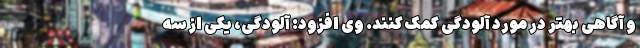
و آگاهی بهتر در مورد آلودگی کمک کنند. وی افزود: آلودگی، یکی از سه